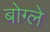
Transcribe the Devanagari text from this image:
बोग्ले